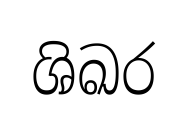
ශිඛර